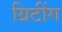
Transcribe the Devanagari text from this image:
ग्रिटींग